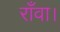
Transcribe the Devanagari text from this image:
राँवा।